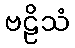
ဗဠိသံ